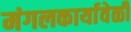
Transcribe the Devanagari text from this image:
मंगलकार्यावेळी